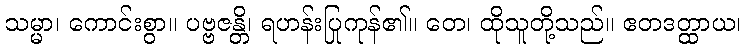
သမ္မာ၊ ကောင်းစွာ။ ပဗ္ဗဇန္တိ၊ ရဟန်းပြုကုန်၏။ တေ၊ ထိုသူတို့သည်။ ဧတဒတ္ထာယ၊